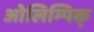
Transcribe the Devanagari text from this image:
ओलिम्पिक्